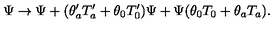
\Psi \rightarrow \Psi + ( \theta _ { a } ^ { \prime } T _ { a } ^ { \prime } + \theta _ { 0 } T _ { 0 } ^ { \prime } ) \Psi + \Psi ( \theta _ { 0 } T _ { 0 } + \theta _ { a } T _ { a } ) .